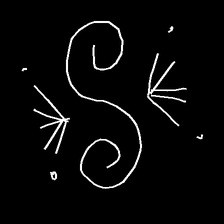
Glyph: aeroform